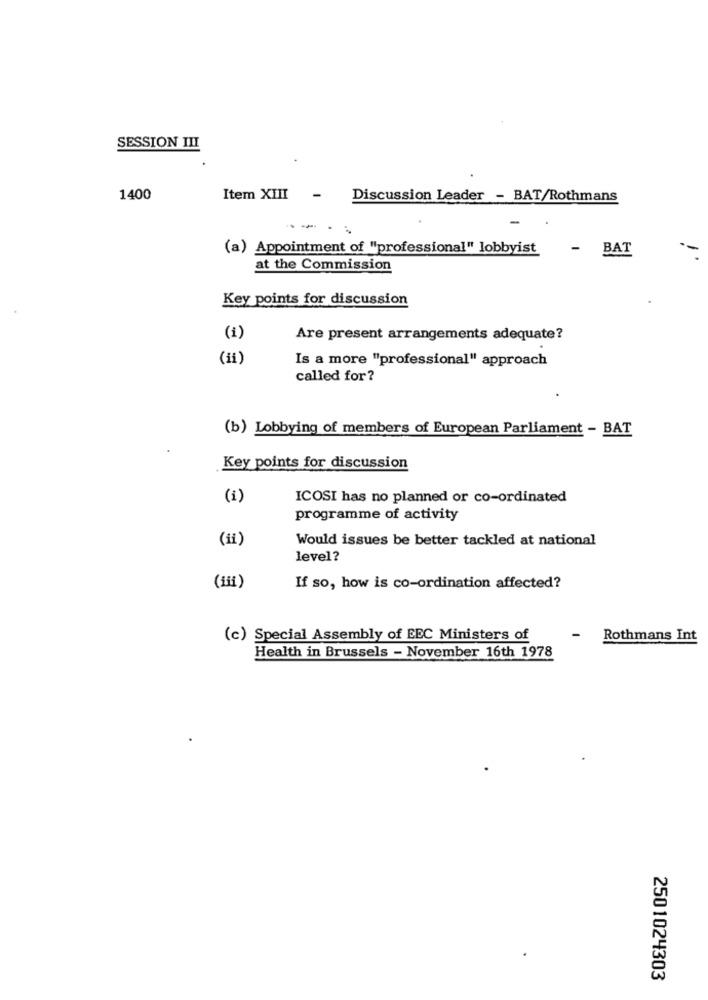
SESSION III
1400
Item XIII
Discussion Leader - BAT/Rothmans
-
(a) Appointment of "professional" lobbyist
- BAT
at the Commission
Key points for discussion
(i)
Are present arrangements adequate?
(ii)
Is a more "professional" approach
called for?
(b) Lobbying of members of European Parliament - BAT
Key points for discussion
(i)
ICOSI has no planned or co-ordinated
programme of activity
(ii)
Would issues be better tackled at national
level?
If so, how is co-ordination affected?
-
(c) Special Assembly of EEC Ministers of
Rothmans Int
Health in Brussels - November 16th 1978
2501024303